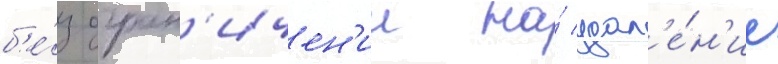
б'е́з огран'ичен'ии на́ удал'е́н'ие